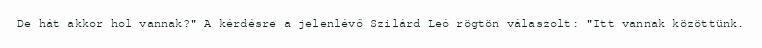
De hát akkor hol vannak?" A kérdésre a jelenlévő Szilárd Leó rögtön válaszolt: "Itt vannak közöttünk.